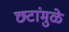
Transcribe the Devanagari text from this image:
छटांमुळे